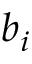
b _ { i }